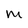
Character: M